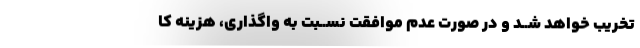
تخریب خواهد شــد و در صورت عدم موافقت نســبت به واگذاری، هزینه کا